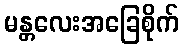
မန္တလေးအခြေစိုက်